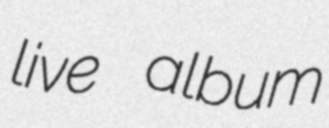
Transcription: live album